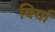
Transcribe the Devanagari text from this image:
विर्गा